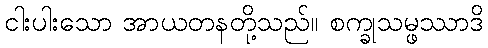
ငါးပါးသော အာယတနတို့သည်။ စက္ခုသမ္ဖဿာဒိ